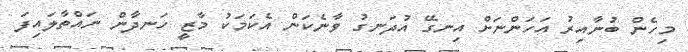
މިހެން ބުނާއިރު އަހަންނަށް އިނގޭ އުދަނގު ވާނެކަން އެކަމަކު މާޒީ ހަނދާން ނައްތާލައިފަ